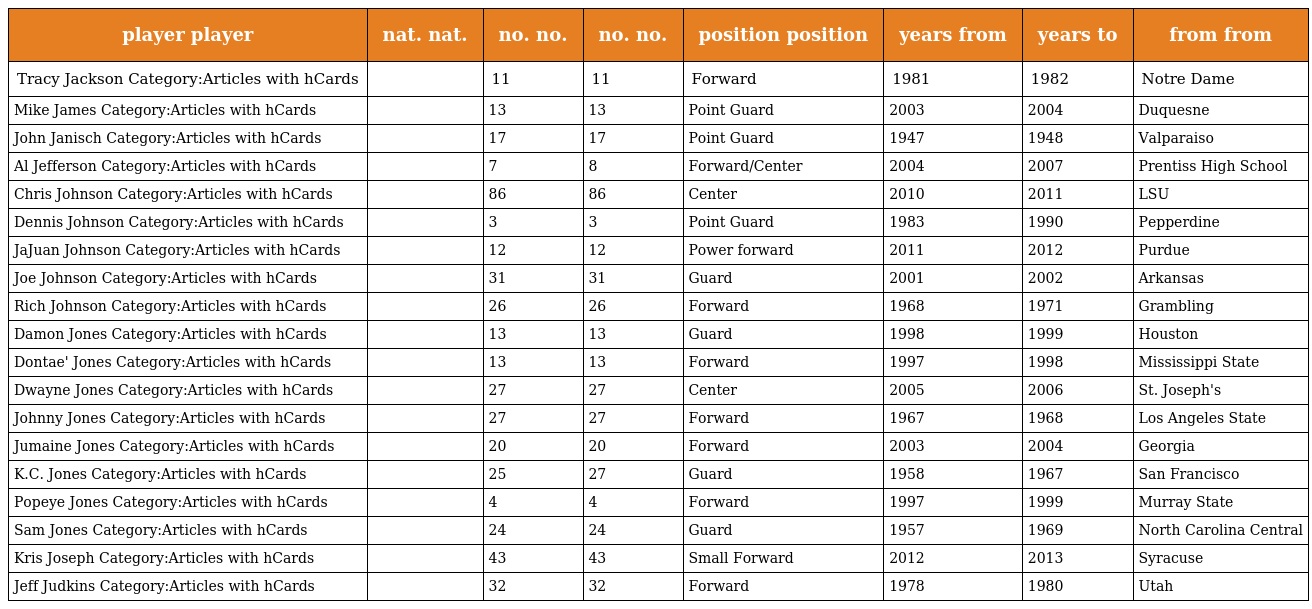
| player player | nat. nat. | no. no. | no. no. | position position | years from | years to | from from |
 | --- | --- | --- | --- | --- | --- | --- | --- |
 | Tracy Jackson Category:Articles with hCards |  | 11 | 11 | Forward | 1981 | 1982 | Notre Dame |
 | Mike James Category:Articles with hCards |  | 13 | 13 | Point Guard | 2003 | 2004 | Duquesne |
 | John Janisch Category:Articles with hCards |  | 17 | 17 | Point Guard | 1947 | 1948 | Valparaiso |
 | Al Jefferson Category:Articles with hCards |  | 7 | 8 | Forward/Center | 2004 | 2007 | Prentiss High School |
 | Chris Johnson Category:Articles with hCards |  | 86 | 86 | Center | 2010 | 2011 | LSU |
 | Dennis Johnson Category:Articles with hCards |  | 3 | 3 | Point Guard | 1983 | 1990 | Pepperdine |
 | JaJuan Johnson Category:Articles with hCards |  | 12 | 12 | Power forward | 2011 | 2012 | Purdue |
 | Joe Johnson Category:Articles with hCards |  | 31 | 31 | Guard | 2001 | 2002 | Arkansas |
 | Rich Johnson Category:Articles with hCards |  | 26 | 26 | Forward | 1968 | 1971 | Grambling |
 | Damon Jones Category:Articles with hCards |  | 13 | 13 | Guard | 1998 | 1999 | Houston |
 | Dontae' Jones Category:Articles with hCards |  | 13 | 13 | Forward | 1997 | 1998 | Mississippi State |
 | Dwayne Jones Category:Articles with hCards |  | 27 | 27 | Center | 2005 | 2006 | St. Joseph's |
 | Johnny Jones Category:Articles with hCards |  | 27 | 27 | Forward | 1967 | 1968 | Los Angeles State |
 | Jumaine Jones Category:Articles with hCards |  | 20 | 20 | Forward | 2003 | 2004 | Georgia |
 | K.C. Jones Category:Articles with hCards |  | 25 | 27 | Guard | 1958 | 1967 | San Francisco |
 | Popeye Jones Category:Articles with hCards |  | 4 | 4 | Forward | 1997 | 1999 | Murray State |
 | Sam Jones Category:Articles with hCards |  | 24 | 24 | Guard | 1957 | 1969 | North Carolina Central |
 | Kris Joseph Category:Articles with hCards |  | 43 | 43 | Small Forward | 2012 | 2013 | Syracuse |
 | Jeff Judkins Category:Articles with hCards |  | 32 | 32 | Forward | 1978 | 1980 | Utah |